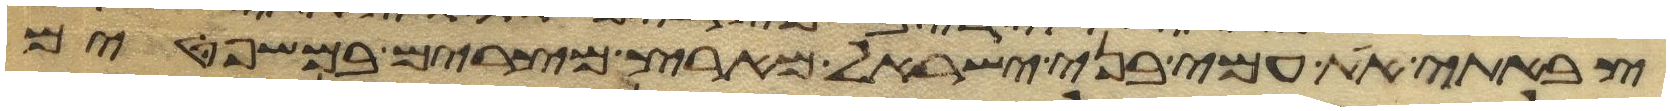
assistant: צבאתי את עמי בני ישראל מארץ מצרים במשפטים